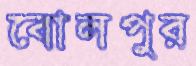
বোলপুর